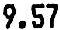
9.57